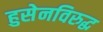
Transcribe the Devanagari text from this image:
हुसेनविरुद्ध